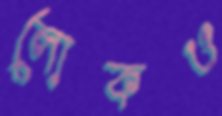
লোকও